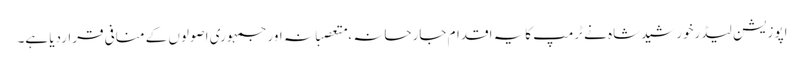
اپوزیشن لیڈرخورشیدشاہ نے ٹرمپ کایہ اقدام جارحانہ ،متعصبانہ اورجمہوری اصولوں کے منافی قراردیا ہے۔